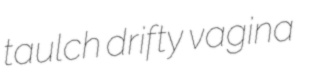
taulch drifty vagina